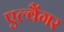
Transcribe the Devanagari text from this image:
एल्वैंगर